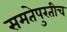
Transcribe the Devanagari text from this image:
समतेपुरतीच